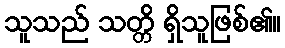
သူသည် သတ္တိ ရှိသူဖြစ်၏။